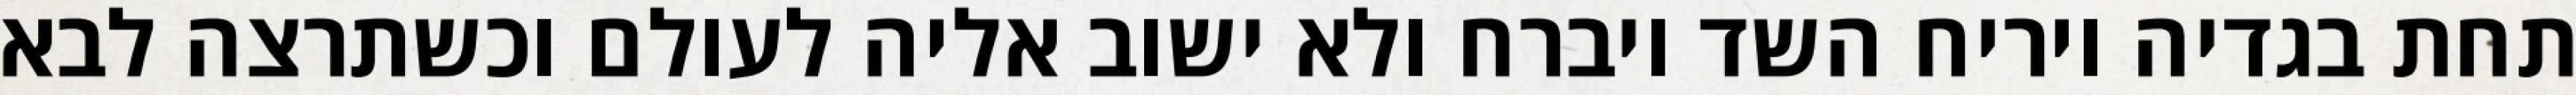
תחת בגדיה ויריח השד ויברח ולא ישוב אליה לעולם וכשתרצה לבא